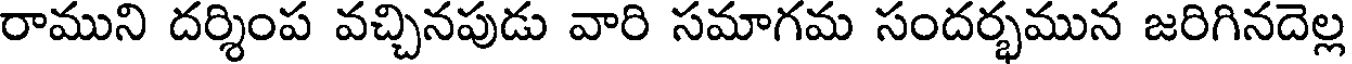
రాముని దర్శింప వచ్చినపుడు వారి సమాగమ సందర్భమున జరిగినదెల్ల